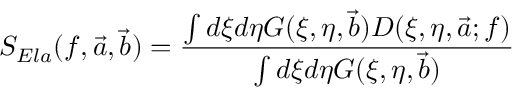
S _ { E l a } ( f , \vec { a } , \vec { b } ) = \frac { \int d \xi d \eta G ( \xi , \eta , \vec { b } ) D ( \xi , \eta , \vec { a } ; f ) } { \int d \xi d \eta G ( \xi , \eta , \vec { b } ) }